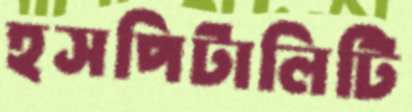
হসপিটালিটি